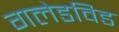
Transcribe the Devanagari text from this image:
गलेडविड